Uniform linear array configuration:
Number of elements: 4
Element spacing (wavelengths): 0.75
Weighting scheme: uniform
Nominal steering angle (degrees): -30
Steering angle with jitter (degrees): -28.124
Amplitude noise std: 0.05
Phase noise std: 0.05

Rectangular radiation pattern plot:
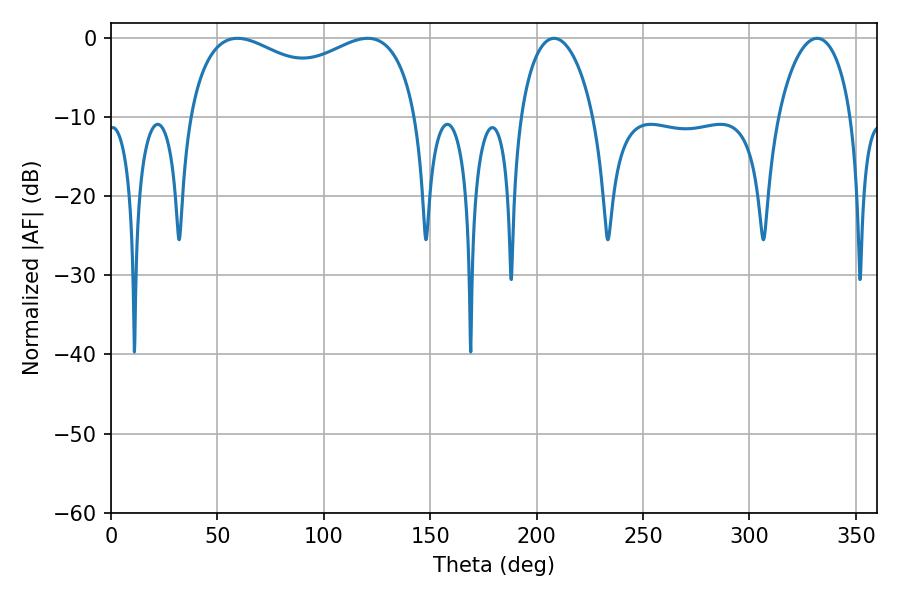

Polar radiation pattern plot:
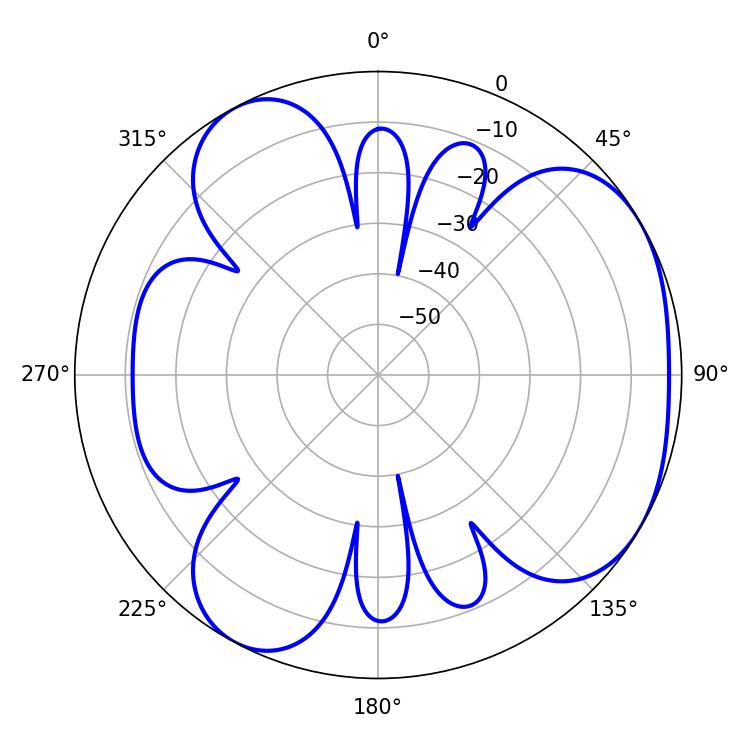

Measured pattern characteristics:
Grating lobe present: TRUE
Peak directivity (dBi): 4.315
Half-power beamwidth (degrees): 89.28
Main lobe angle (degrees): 59.4